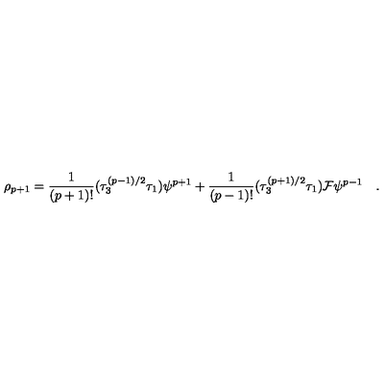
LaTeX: \rho _ { p + 1 } = { \frac { 1 } { ( p + 1 ) ! } } ( \tau _ { 3 } ^ { ( p - 1 ) / 2 } \tau _ { 1 } ) \psi ^ { p + 1 } + { \frac { 1 } { ( p - 1 ) ! } } ( \tau _ { 3 } ^ { ( p + 1 ) / 2 } \tau _ { 1 } ) { \cal { F } } \psi ^ { p - 1 } \quad .